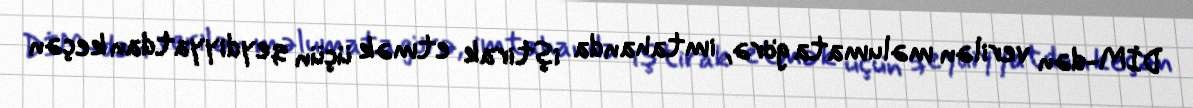
DİM-dən verilən məlumata görə, imtahanda iştirak etmək üçün qeydiyyatdan keçən